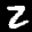
Label: 2